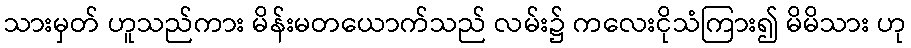
သားမှတ် ဟူသည်ကား မိန်းမတယောက်သည် လမ်း၌ ကလေးငိုသံကြား၍ မိမိသား ဟု